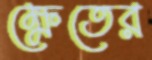
ক্ষেতের